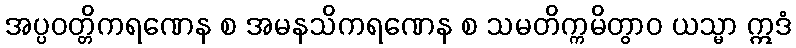
အပ္ပဝတ္တိကရဏေန စ အမနသိကရဏေန စ သမတိက္ကမိတွာဝ ယသ္မာ ဣဒံ